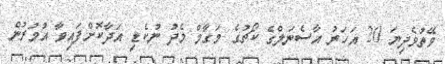
ވޭތުވެދިޔަ 20 އަހަރު އާސެނަލްގެ ކޯޗުގެ މަގާމް މެދު ނުކެޑި އަދާކޮށްފައިވާ އުމުރުން